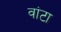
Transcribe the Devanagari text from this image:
वांटा